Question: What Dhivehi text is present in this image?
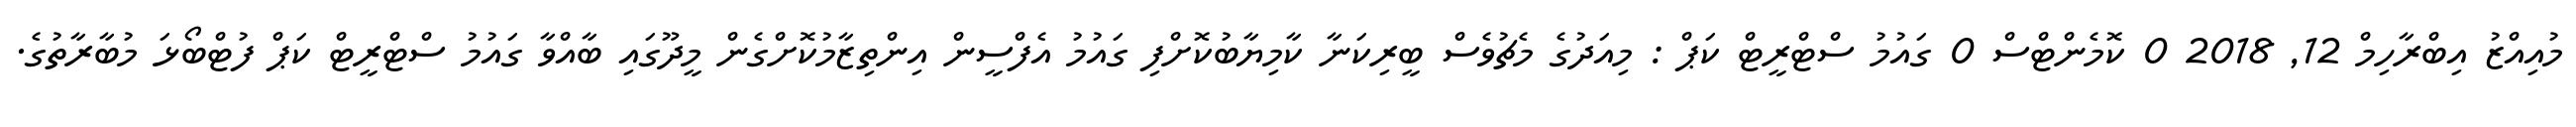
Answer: މުއިއްޒު އިބްރާހިމް 12, 2018 0 ކޮމެންޓްސް 0 ގައުމު ސްޓްރީޓް ކަޕް : މިއަދުގެ މެޗުވެސް ބީރިކަނާ ކާމިޔާބުކޮށްފި ގައުމު އެފްސީން އިންތިޒާމުކޮށްގެން މީދޫގައި ބާއްވާ ގައުމު ސްޓްރީޓް ކަޕް ފުޓްބޯޅަ މުބާރާތުގެ.